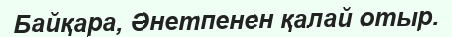
Байқара, Әнетпенен қалай отыр.